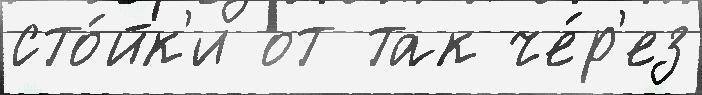
сто́йк'и от так че́р'ез